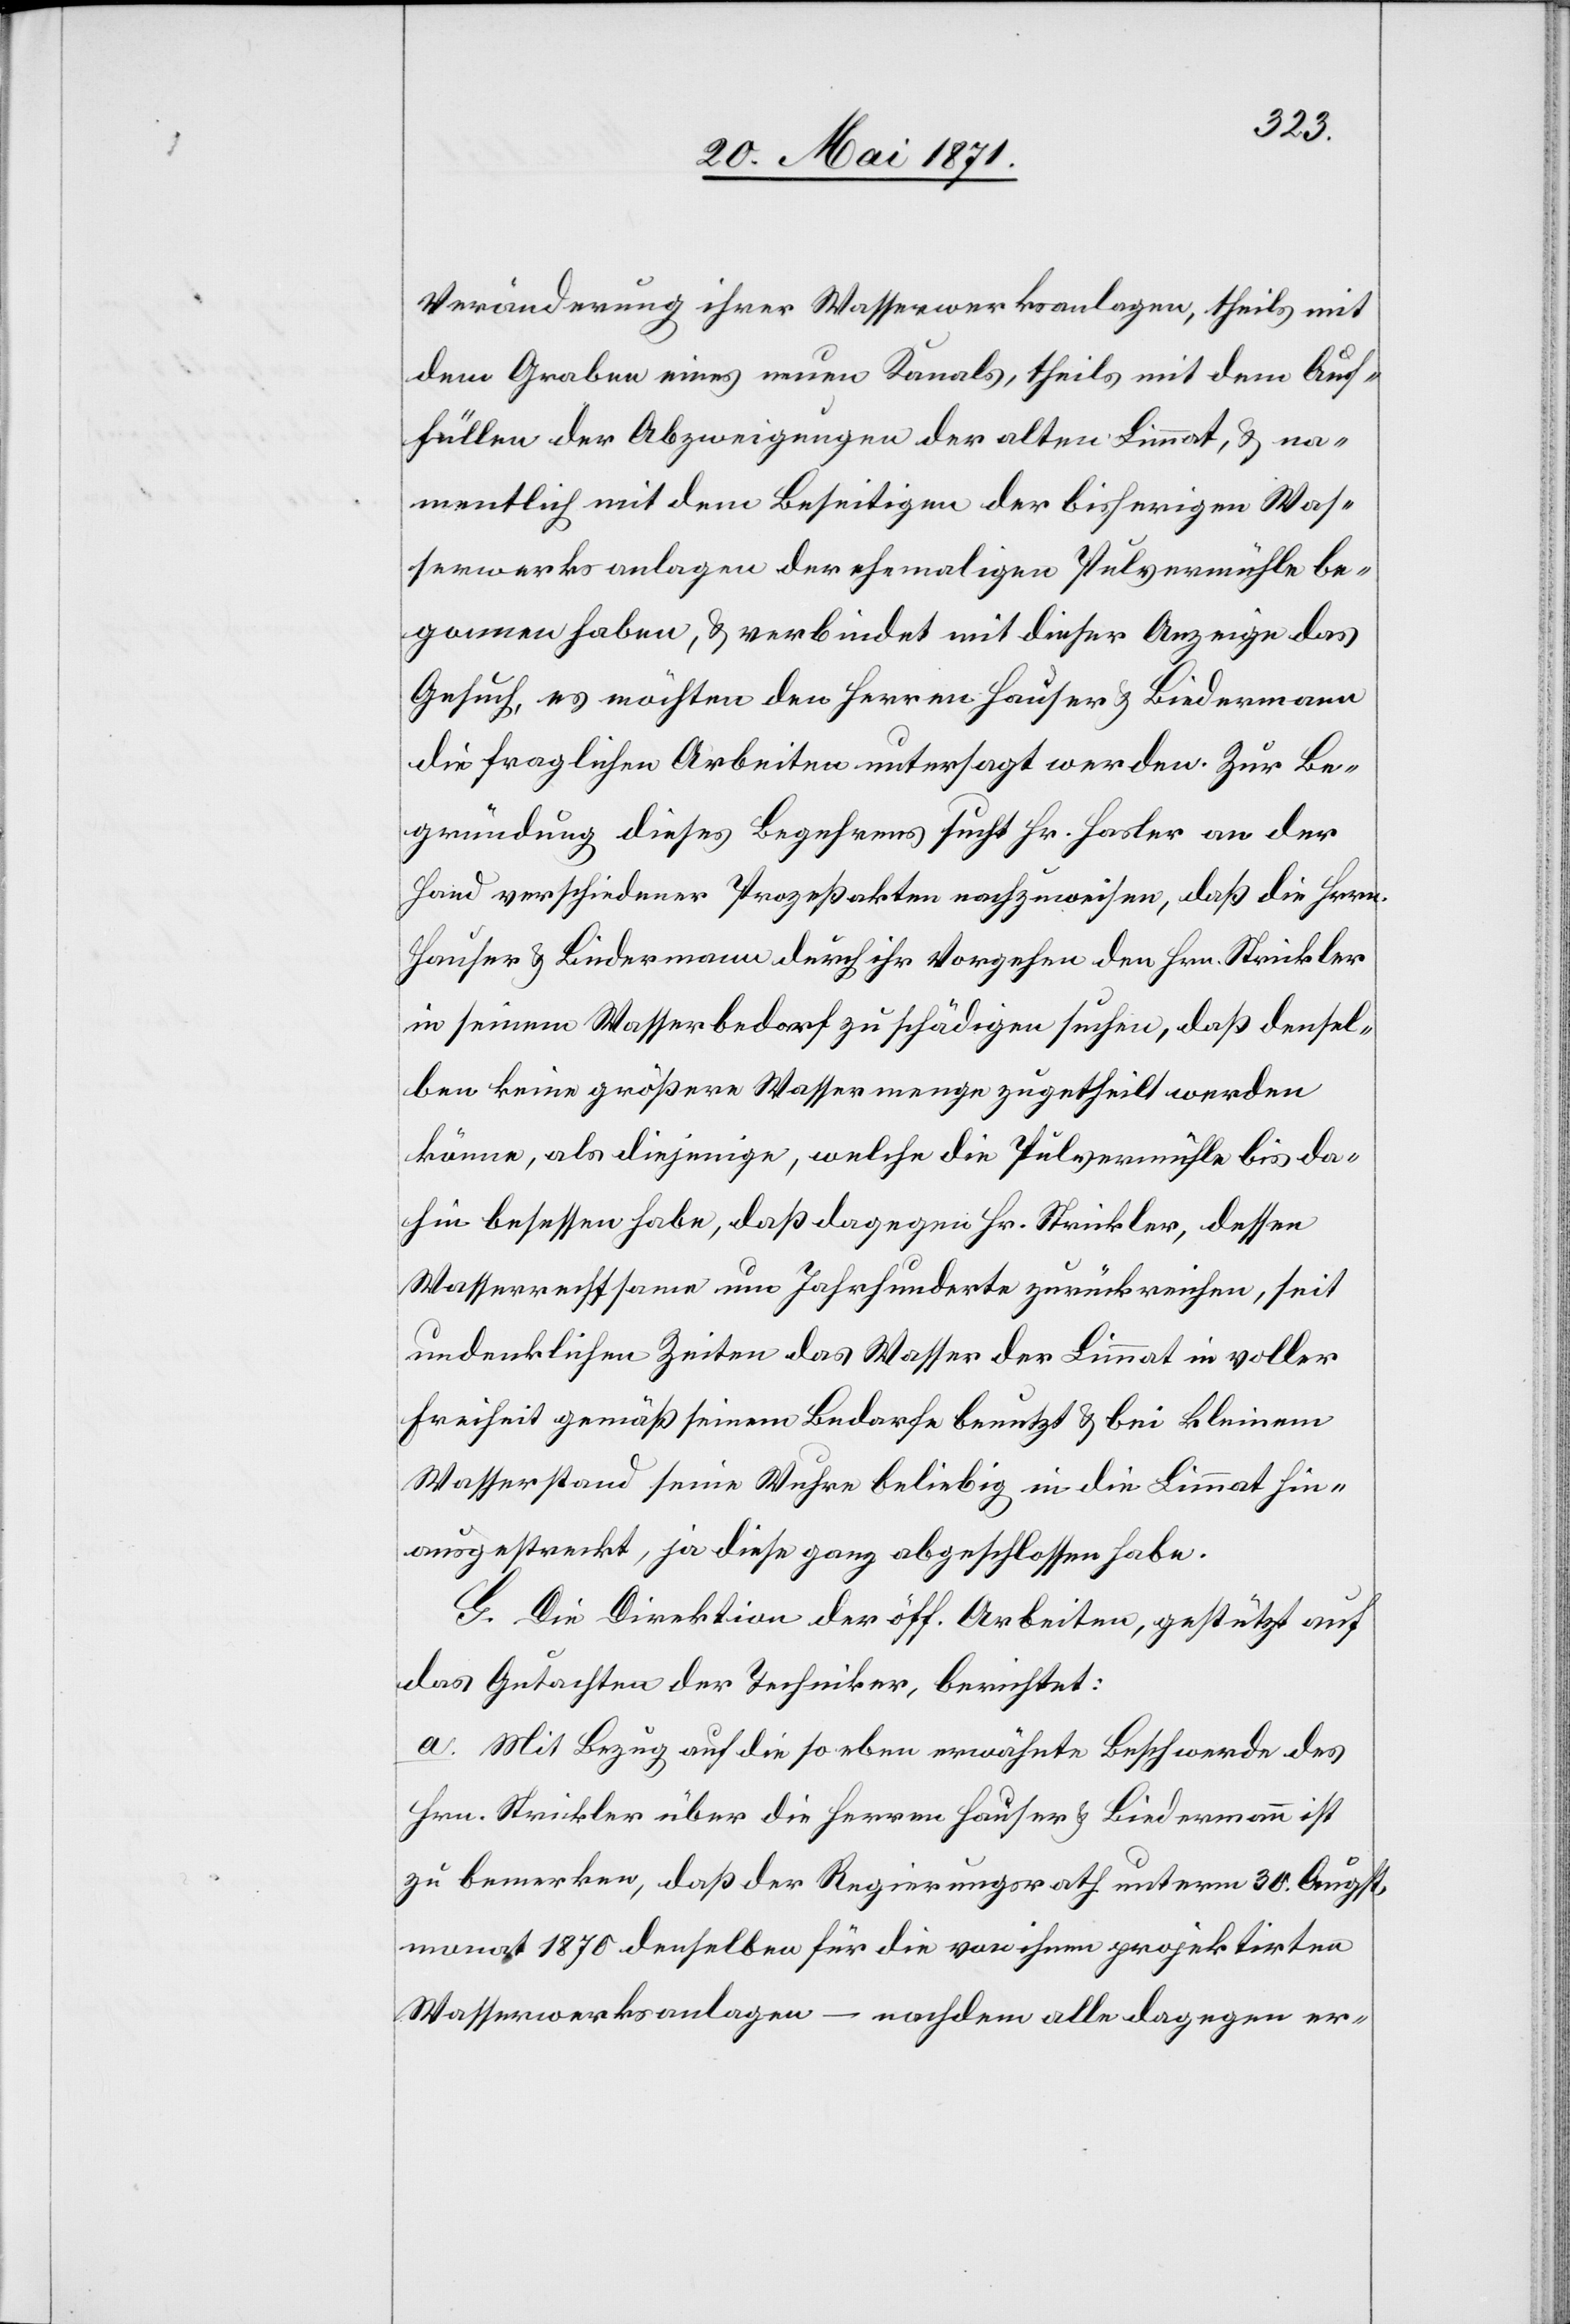
Veränderung ihrer Wasserwerksanlagen, theils mit
dem Graben eines neuen Kanals, theils mit dem Auf¬
füllen der Abzweigungen der alten Limmat, u. na¬
mentlich mit dem Beseitigen der bisherigen Was¬
serwerksanlagen der ehemaligen Pulvermühle be¬
gonnen haben, u. verbindet mit dieser Anzeige das
Gesuch, es möchten den Herren Hauser u. Biedermann
die fraglichen Arbeiten untersagt werden. Zur Be¬
gründung dieses Begehrens sucht Hr. Hasler an der
Hand verschiedener Prozeßakten nachzuweisen, daß die Herren
Hauser u. Biedermann durch ihr Vorgehen den Hrn. Strickler
in seinem Wasserbedarf zu schädigen suchen, daß densel¬
ben keine größere Wassermenge zugetheilt werden
könne, als diejenige, welche die Pulvermühle bis da¬
hin besessen habe, daß dagegen Hr. Strickler, dessen
Wasserrechtssame um Jahrhunderte zurückreichen, seit
undenklichen Zeiten das Wasser der Limmat in voller
Freiheit gemäß seinem Bedarfe benutzt u. bei kleinem
Wasserstand seine Wuhre beliebig in die Limmat hin¬
ausgestreckt, ja diese ganz abgeschlossen habe.
G. Die Direktion der öff. Arbeiten, gestützt auf
das Gutachten der Techniker, berichtet:
a. Mit Bezug auf die so eben erwähnte Beschwerde des
Hrn. Strickler über die Herren Hauser u. Biedermann ist
zu bemerken, daß der Regierungsrath unterm 30. Augst¬
monat 1870 denselben für die von ihm projektirten
Wasserwerksanlagen – nachdem alle dagegen er-